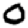
Digit: 0